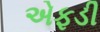
એફડી